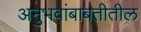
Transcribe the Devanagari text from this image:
अनुभवांबाबतीतील